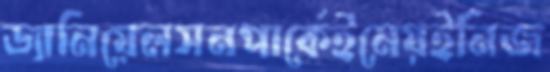
ড্যানিয়েলসনপার্কেইনেয়ইনিজ